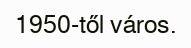
1950-től város.